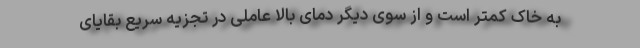
به خاک کمتر است و از سوی دیگر دمای بالا عاملی در تجزیه سریع بقایای